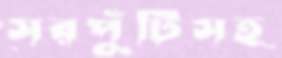
সরপুঁটিসহ